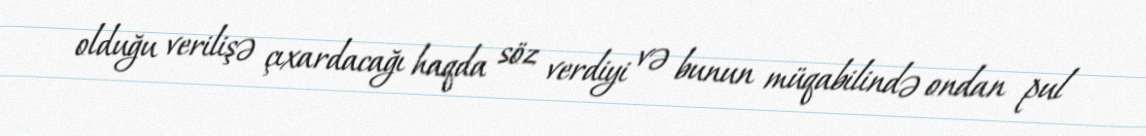
olduğu verilişə çıxardacağı haqda söz verdiyi və bunun müqabilində ondan pul